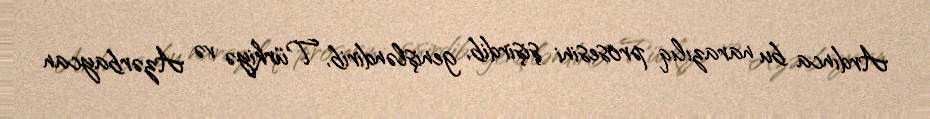
Ardınca bu narazılıq prosesini şişirdib, genişləndirib, Türkiyə və Azərbaycan